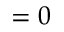
= 0